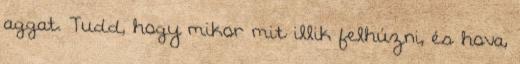
aggat. Tudd, hogy mikor mit illik felhúzni, és hova,